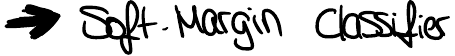
-> Soft Margin Classifier